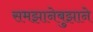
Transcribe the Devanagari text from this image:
समझानेबुझाने